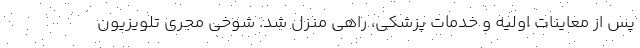
پس از معاینات اولیه و خدمات پزشکی، راهی منزل شد. شوخی مجری تلویزیون